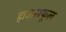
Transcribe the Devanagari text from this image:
हाऊसफूल